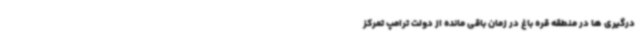
درگیری ها در منطقه قره باغ در زمان باقی مانده از دولت ترامپ تمرکز